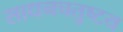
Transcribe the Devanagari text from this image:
साधनचतुष्टय